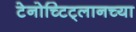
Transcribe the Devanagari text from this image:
टेनोच्टिट्लानच्या